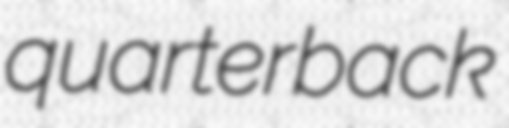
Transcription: quarterback